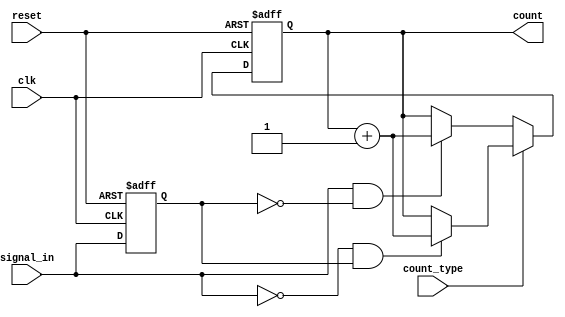
module edge_counter (
    input wire clk,              // Clock signal
    input wire reset,            // Active-high reset signal
    input wire signal_in,        // Input signal to monitor
    input wire count_type,       // 0 for rising edge, 1 for falling edge
    output reg [31:0] count      // 32-bit output count
);

    reg signal_in_prev;          // Register to hold the previous state of signal_in

    // Always block for edge detection and counting
    always @(posedge clk or posedge reset) begin
        if (reset) begin
            count <= 32'b0;      // Reset count to 0
            signal_in_prev <= 1'b0; // Initialize previous state
        end else begin
            // Edge detection logic
            if (count_type == 1'b0) begin // Count rising edges
                if (signal_in && !signal_in_prev) begin
                    count <= count + 1; // Increment count on rising edge
                end
            end else begin // Count falling edges
                if (!signal_in && signal_in_prev) begin
                    count <= count + 1; // Increment count on falling edge
                end
            end
            // Update previous state
            signal_in_prev <= signal_in;
        end
    end

endmodule